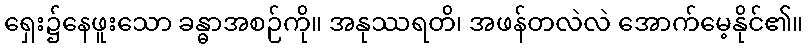
ရှေး၌နေဖူးသော ခန္ဓာအစဉ်ကို။ အနုဿရတိ၊ အဖန်တလဲလဲ အောက်မေ့နိုင်၏။